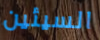
السيئين